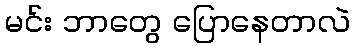
မင်း ဘာတွေ ပြောနေတာလဲ